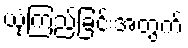
ယုံကြည်ခြင်းအတွက်